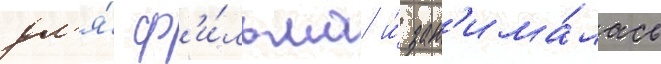
дл'я́ ф'и́льма и́ зан'има́лась